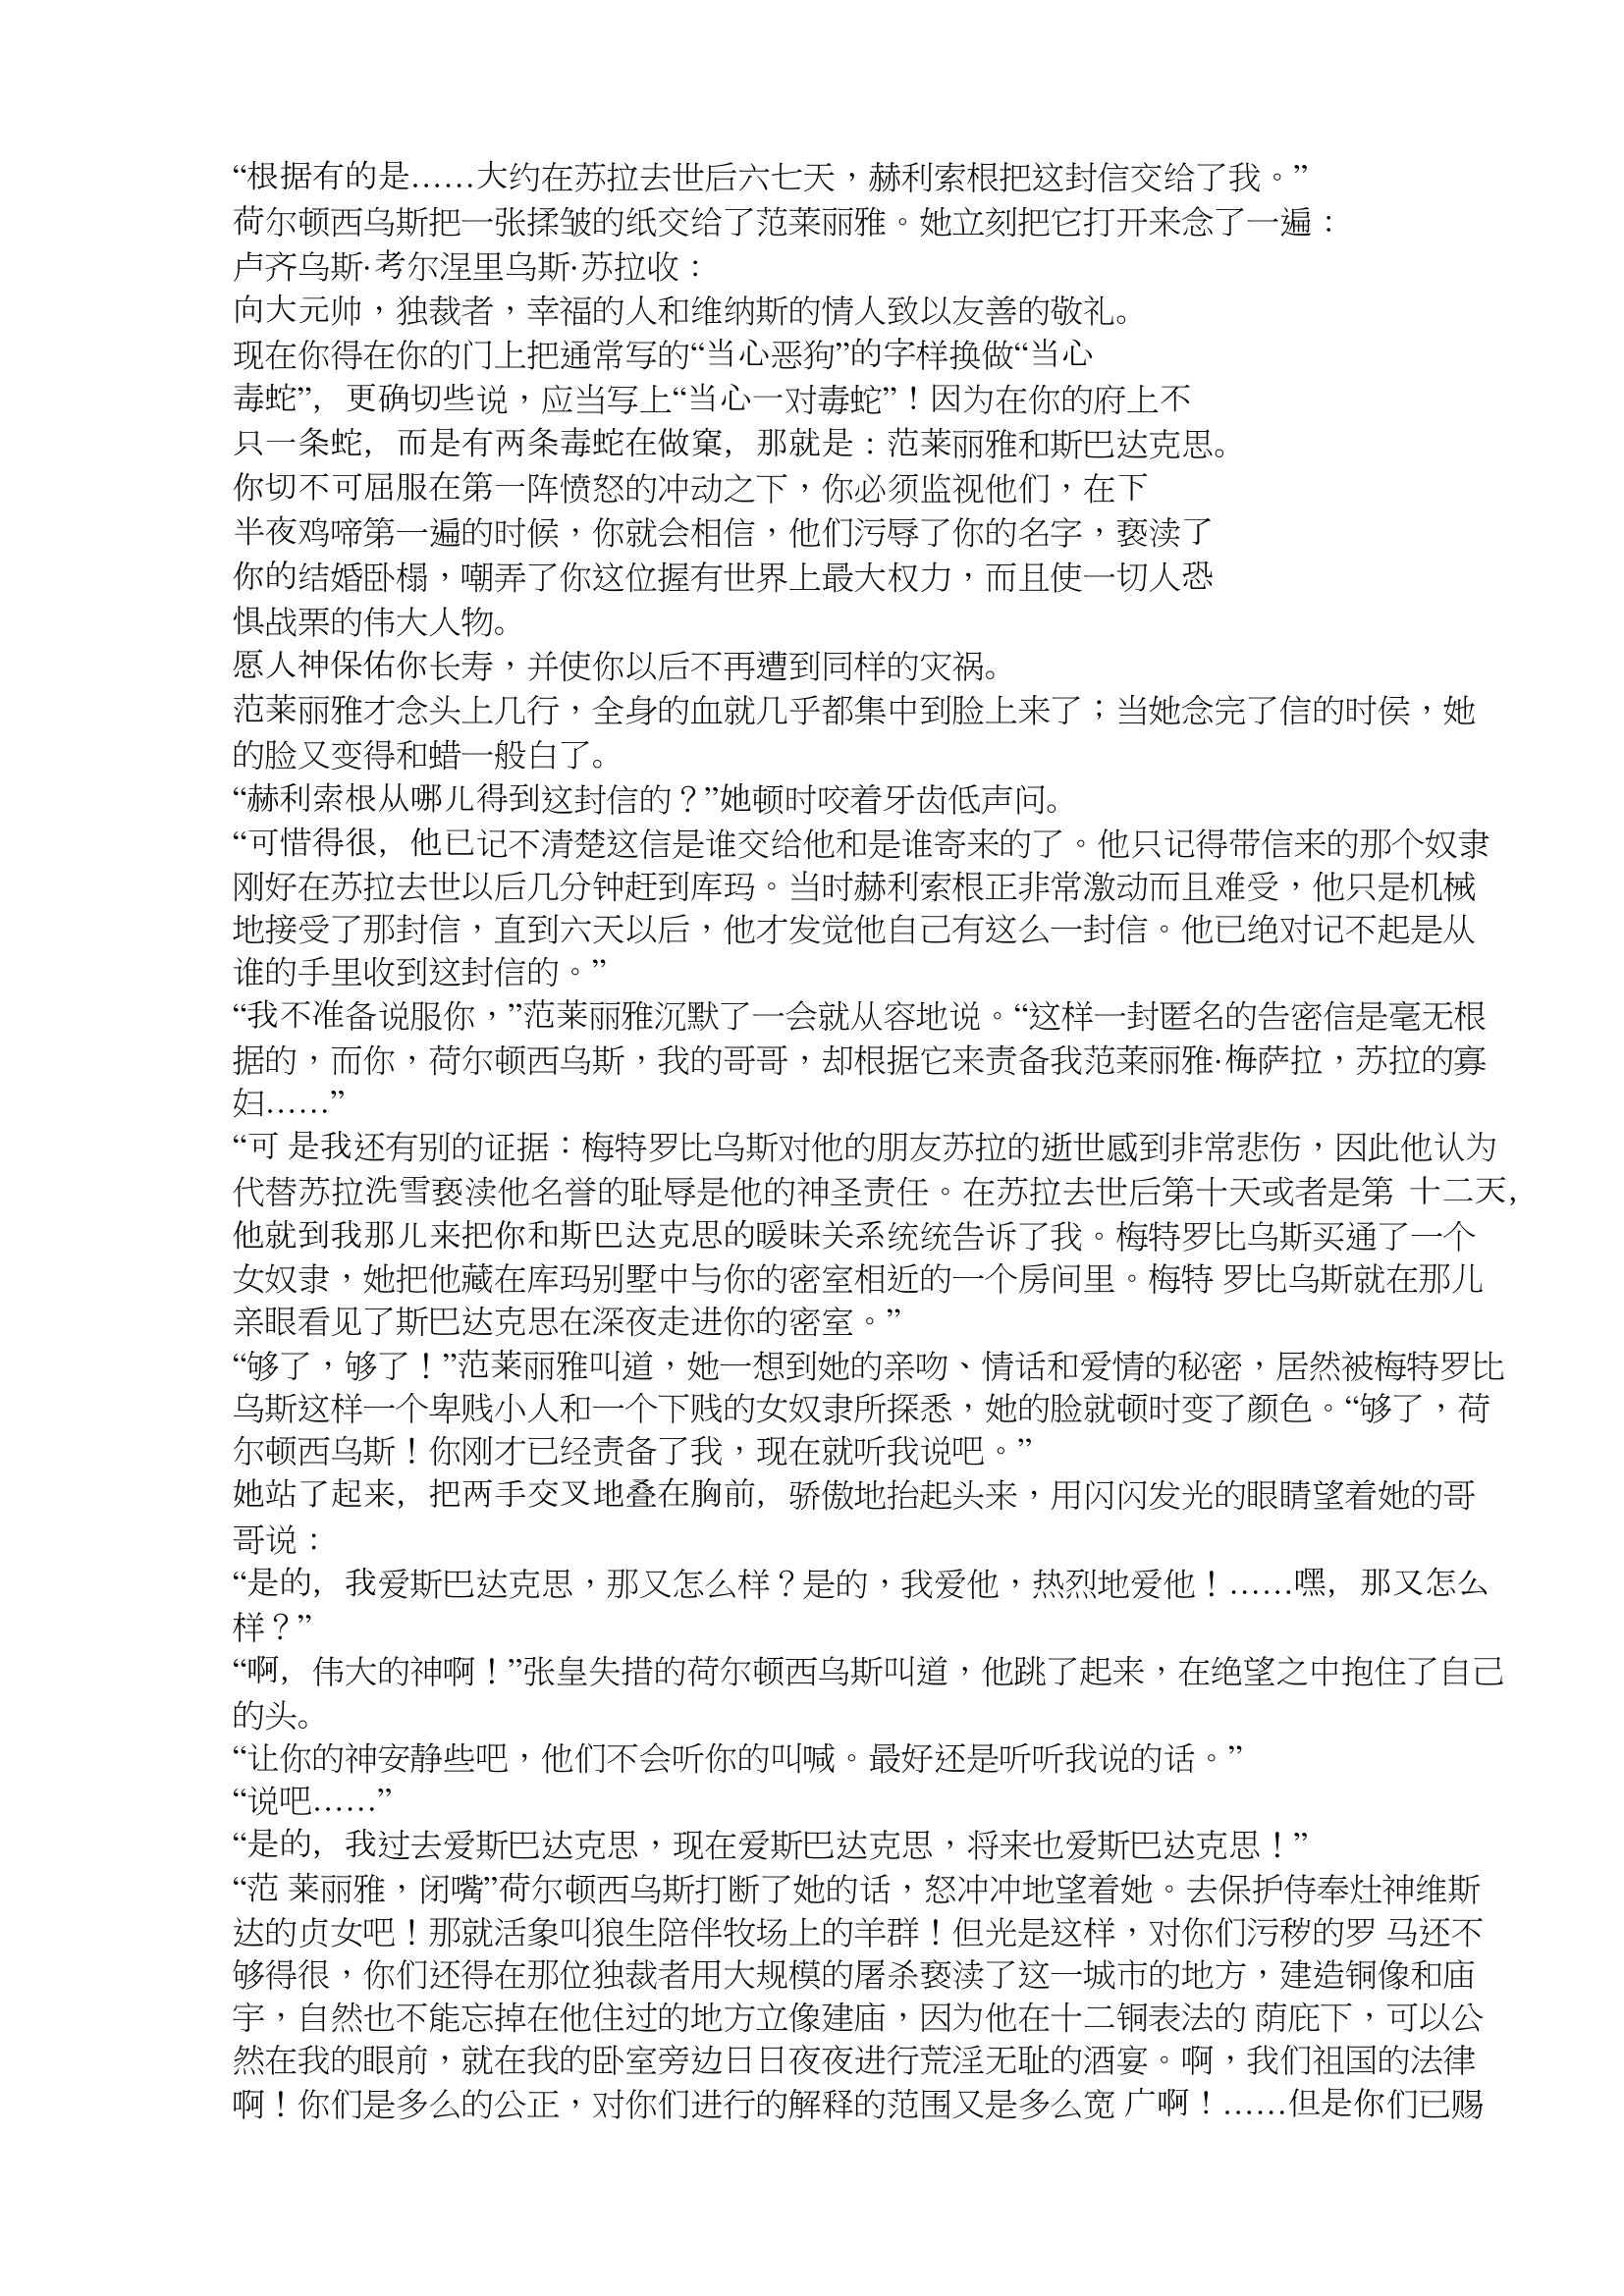
Language: zh